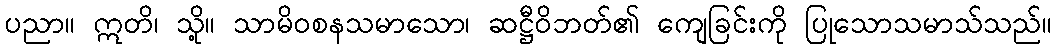
ပညာ။ ဣတိ၊ သို့။ သာမိဝစနသမာသော၊ ဆဋ္ဌီဝိဘတ်၏ ကျေခြင်းကို ပြုသောသမာသ်သည်။